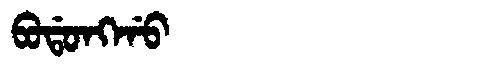
Manchu: ᠪᠣᡩᠣᠩᡤᠣ
Romanization: BODONGGO